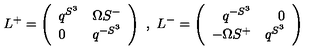
L ^ { + } = \left( \begin{array} { l l } { q ^ { S ^ { 3 } } } & { \Omega S ^ { - } } \\ { 0 } & { q ^ { - S ^ { 3 } } } \\ \end{array} \right) \ , \ L ^ { - } = \left( \begin{array} { r r } { q ^ { - S ^ { 3 } } } & { 0 } \\ { - \Omega S ^ { + } } & { q ^ { S ^ { 3 } } } \\ \end{array} \right)